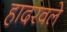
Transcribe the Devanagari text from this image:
हादरवले